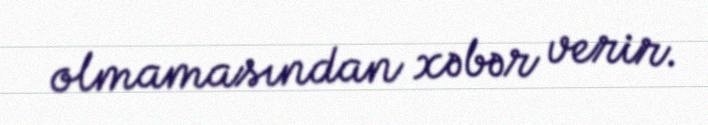
olmamasından xəbər verir.